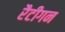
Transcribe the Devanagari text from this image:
रैटीगन